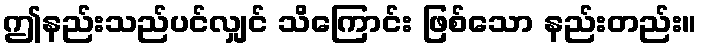
ဤနည်းသည်ပင်လျှင် သိကြောင်း ဖြစ်သော နည်းတည်း။